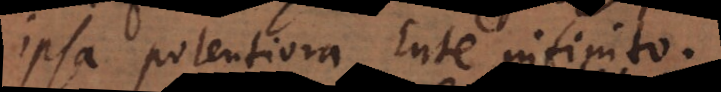
ipsa potentiora Ente infinito.